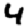
Digit: 4